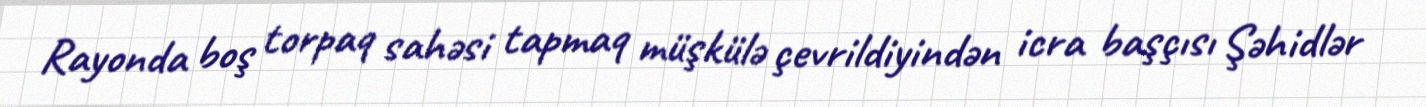
Rayonda boş torpaq sahəsi tapmaq müşkülə çevrildiyindən icra başçısı Şəhidlər